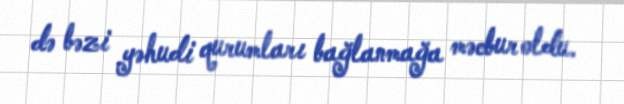
də bəzi yəhudi qurumları bağlanmağa məcbur oldu.